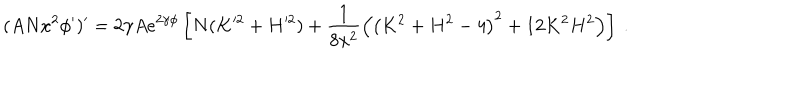
( A N x ^ { 2 } \phi ^ { \prime } ) ^ { \prime } = 2 \gamma A e ^ { 2 \gamma \phi } \left[ N ( K ^ { 2 } + H ^ { 2 } ) + \frac { 1 } { 8 x ^ { 2 } } \left( \left( K ^ { 2 } + H ^ { 2 } - 4 \right) ^ { 2 } + 1 2 K ^ { 2 } H ^ { 2 } \right) \right] \ .